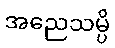
အညေသမ္ပိ